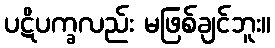
ပဋိပက္ခလည်း မဖြစ်ချင်ဘူး။